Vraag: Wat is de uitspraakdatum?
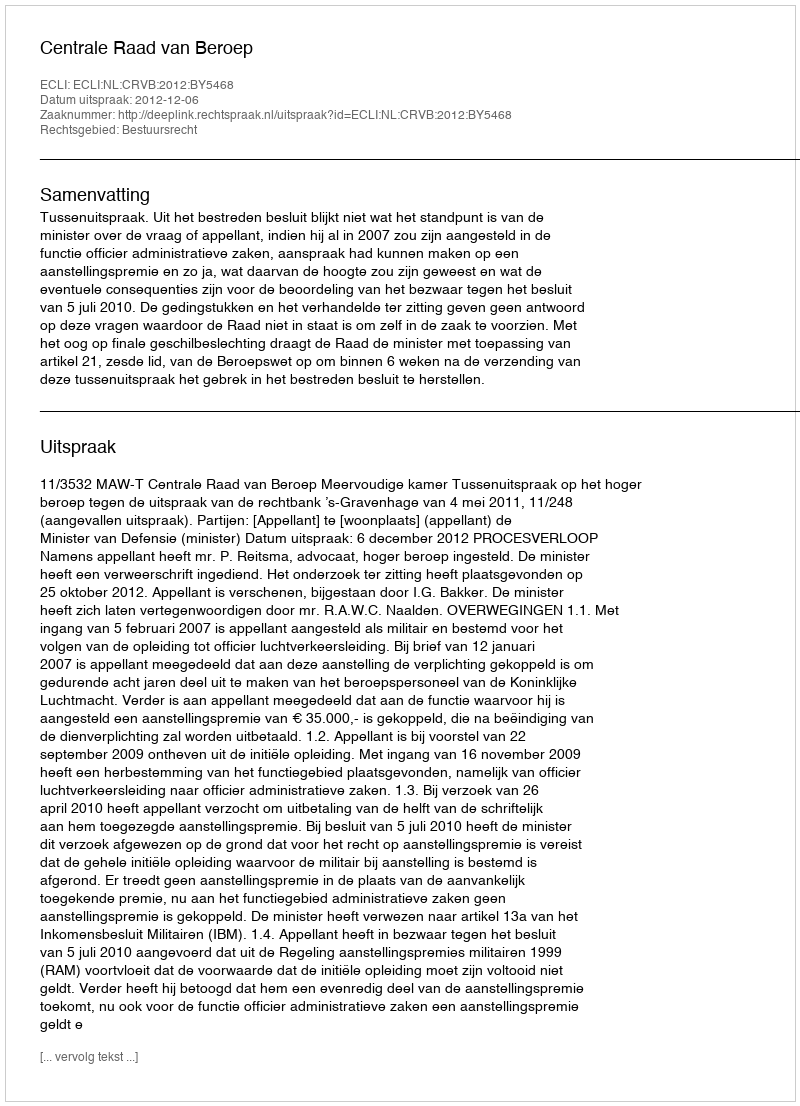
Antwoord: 2012-12-06